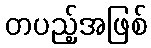
တပည့်အဖြစ်